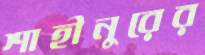
শাহীনুরের